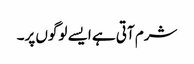
شرم آتی ہے ایسے لوگوں پر۔